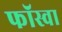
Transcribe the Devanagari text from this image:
फॉस्वा